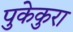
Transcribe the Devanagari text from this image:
पुकेकुरा